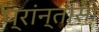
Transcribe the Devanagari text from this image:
प्रांन्तासी